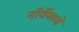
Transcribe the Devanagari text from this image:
नॉर्वेमध्ये